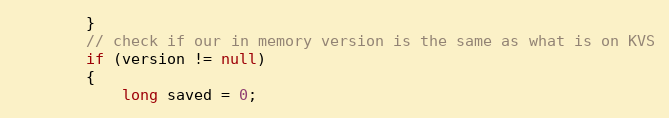
Language: Java
        }
        // check if our in memory version is the same as what is on KVS
        if (version != null)
        {
            long saved = 0;